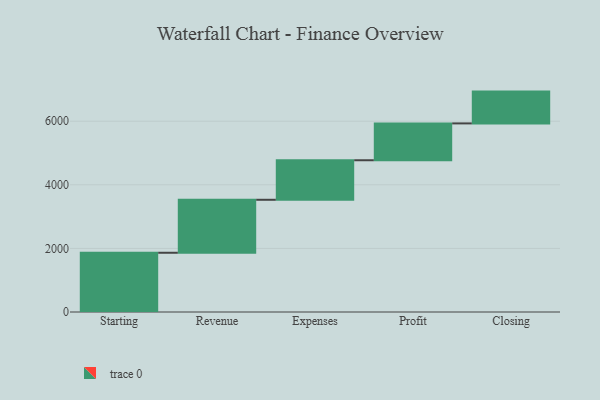
{"axis": {"x": "Step", "y": "Value"}, "legend": [""], "data": [{"x": "Starting", "y": 1863.0, "type": ""}, {"x": "Revenue", "y": 1666.0, "type": ""}, {"x": "Expenses", "y": 1243.0, "type": ""}, {"x": "Profit", "y": 1159.0, "type": ""}, {"x": "Closing", "y": 1000, "type": ""}]}